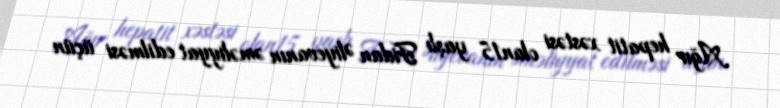
Ağır hepatit xəstəsi olan15 yaşlı Fidan Əliyevanın əməliyyat edilməsi üçün